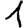
Digit: 1